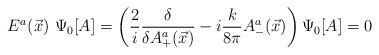
LaTeX: \begin{align*}E^a(\vec x)~\Psi_0[A]=\left(\frac{2}{i}\frac{\delta}{\delta A_+^a(\vec x)} -i\frac{k}{8\pi}A_-^a(\vec x)\right)\Psi_0[A]=0\end{align*}